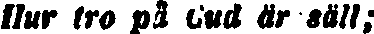
Hur tro på Cud är säll;